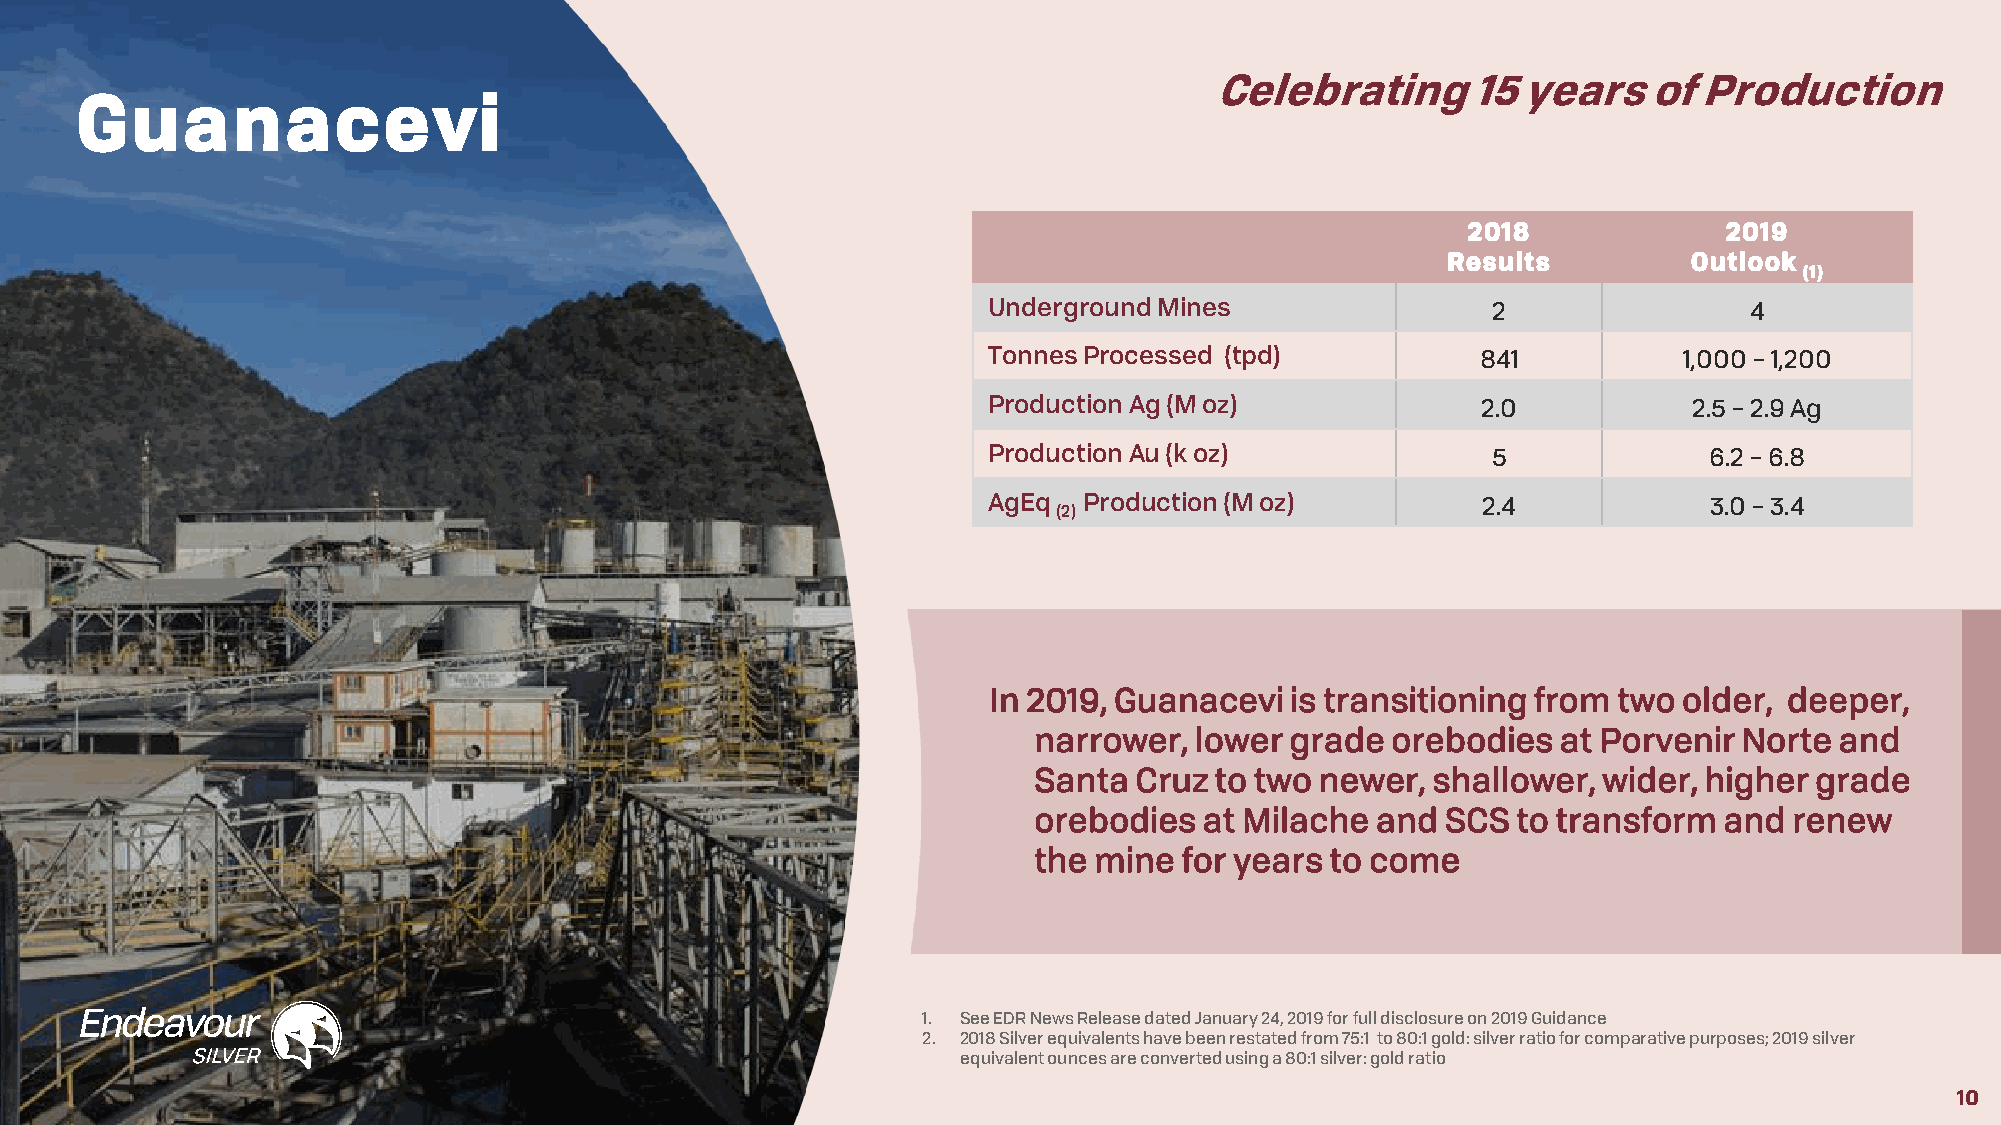
Celebrating      15  years   of  Production
 Guanacevi
 2018             2019
 Results         Outlook
 (1)
 Underground Mines                 2                4
 TonnesProcessed (tpd)            841          1,000 –1,200
 Production Ag (M oz)             2.0           2.5 –2.9 Ag
 ProductionAu (k oz)               5             6.2 –6.8
 AgEq   Production (M oz)         2.4            3.0 –3.4
 (2)
 In 2019, Guanacevi  is transitioning from two older, deeper,
 narrower,  lower grade  orebodies  at Porvenir Norte  and
 Santa  Cruz to two newer,  shallower, wider, higher grade
 orebodies   at Milache and  SCS to transform  and  renew
 the mine  for years to come
 1. See EDR News Release dated January 24, 2019 for full disclosure on 2019 Guidance
 2. 2018 Silver equivalents have been restated from 75:1 to 80:1 gold: silver ratio for comparative purposes; 2019 silver
 equivalent ounces are converted using a 80:1 silver: gold ratio
 1100